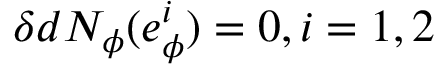
\delta d N _ { \phi } ( e _ { \phi } ^ { i } ) = 0 , i = 1 , 2